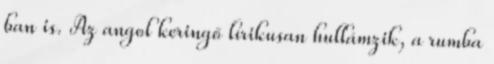
ban is. Az angol keringő lírikusan hullámzik, a rumba